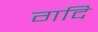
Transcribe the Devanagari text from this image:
गदि